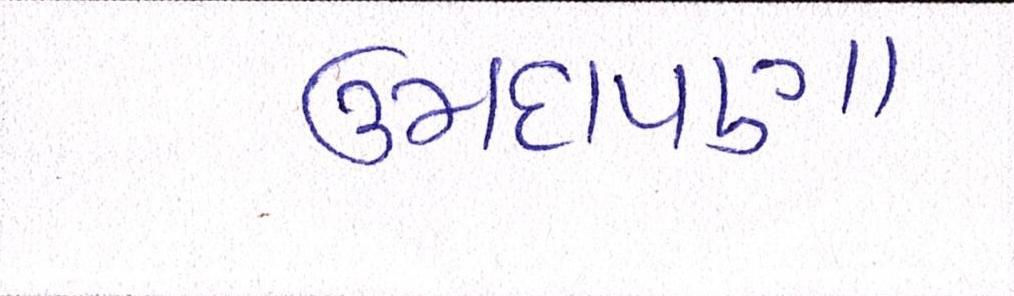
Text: ઉમદાપણા